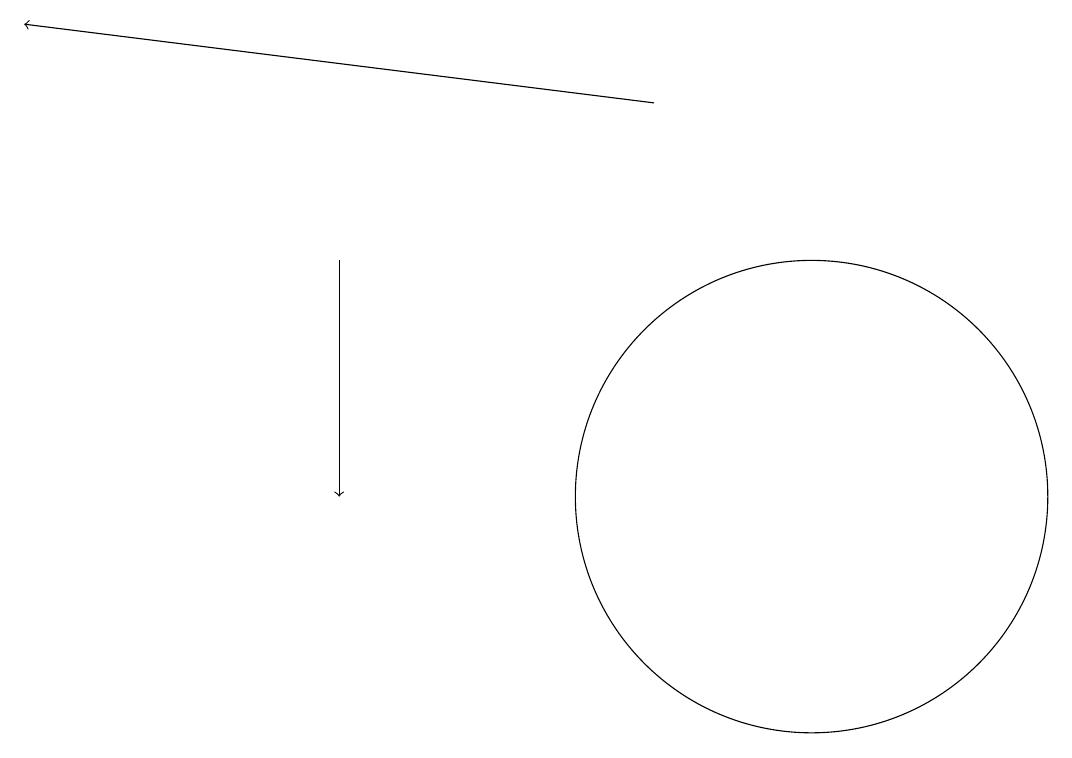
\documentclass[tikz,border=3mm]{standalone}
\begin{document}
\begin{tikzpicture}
\draw[->] (4,15) -- (4,12);
\draw (10,12) circle (3);
\draw[->] (8,17) -- (0,18);
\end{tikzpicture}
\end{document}